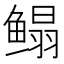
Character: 鳎